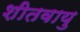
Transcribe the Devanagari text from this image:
शीतवायु